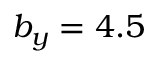
b _ { y } = 4 . 5